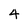
Character: 4